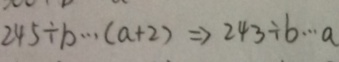
2 4 5 \div b \cdots ( a + 2 ) \Rightarrow 2 4 3 \div b \cdots a